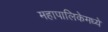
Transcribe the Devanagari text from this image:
महापालिकेमध्ये